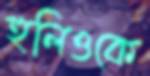
হুলিওকে